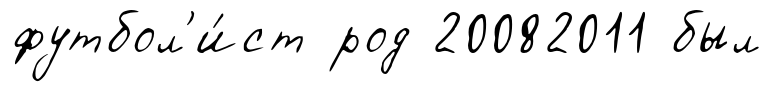
футбол'и́ст род 20082011 был